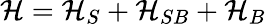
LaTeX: \mathcal{H}={{\mathcal{H}}_{S}}+{{\mathcal{H}}_{SB}}+{{\mathcal{H}}_{B}}